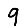
Digit: 9